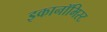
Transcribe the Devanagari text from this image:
इकानॉमिस्ट